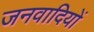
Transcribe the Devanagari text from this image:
जनवादियों